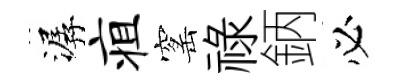
潺疽窰祿鈵必